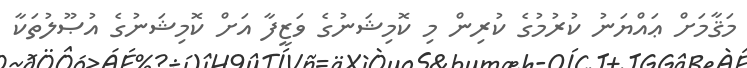
މަޤާމަށް ޢައްޔަނު ކުރުމުގެ ކުރިން މި ކޮމިޝަނުގެ ވަޒީފާ އަށް ކޮމިޝަނުގެ އުޞޫލުތަކާ